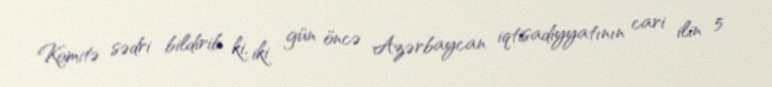
Komitə sədri bildirib ki, iki gün öncə Azərbaycan iqtisadiyyatının cari ilin 5